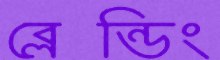
ব্লেন্ডিং